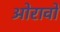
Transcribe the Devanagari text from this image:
ओरावों